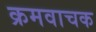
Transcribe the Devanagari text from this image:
क्रमवाचक